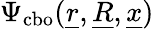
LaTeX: \Psi_{\mathrm{cbo}}(\underline{{r}},\underline{{R}},\underline{{x}})